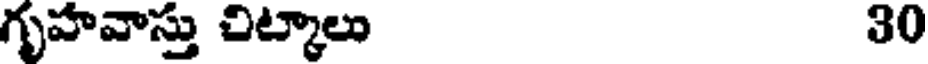
గృహవాస్తు చిట్కాలు 30